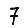
Digit: 7